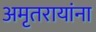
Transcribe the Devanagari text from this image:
अमृतरायांना